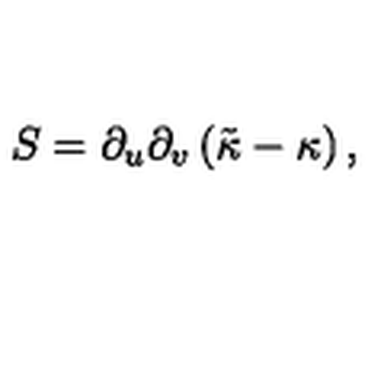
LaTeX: S = \partial _ { u } \partial _ { v } \left( \tilde { \kappa } - \kappa \right) ,